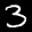
Label: 3